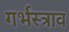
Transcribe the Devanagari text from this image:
गर्भस्त्राव